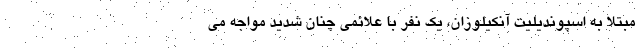
مبتلا به اسپوندیلیت آنکیلوزان، یک نفر با علائمی چنان شدید مواجه می